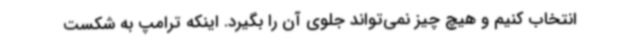
انتخاب کنیم و هیچ چیز نمی‌تواند جلوی آن را بگیرد. اینکه ترامپ به شکست